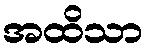
အထိသာ